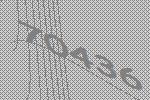
70436